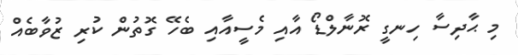
މި ޙާދިސާ ހިނގީ ރޮނާލްޑޯ އާއި މެސީއާއި ބެހޭ ގޮތުން ކުރި ޒުވާބެއް